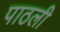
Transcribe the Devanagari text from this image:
पाठली